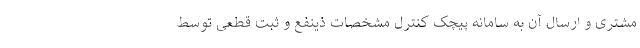
مشتری و ارسال آن به سامانه پیچک کنترل مشخصات ذینفع و ثبت قطعی توسط